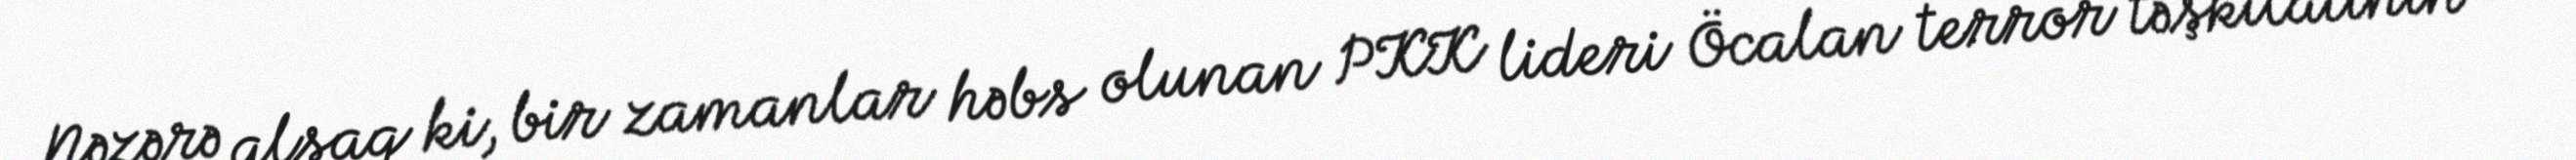
Nəzərə alsaq ki, bir zamanlar həbs olunan PKK lideri Öcalan terror təşkilatının